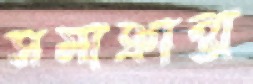
সমাক্রান্তা